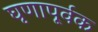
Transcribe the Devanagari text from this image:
घृणापूर्वक